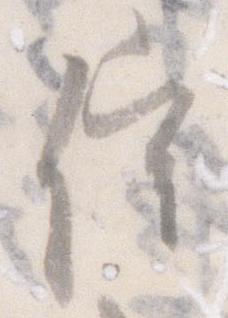
催